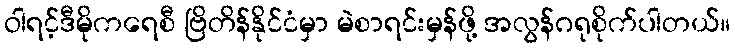
ဝါရင့်ဒီမိုကရေစီ ဗြိတိန်နိုင်ငံမှာ မဲစာရင်းမှန်ဖို့ အလွန်ဂရုစိုက်ပါတယ်။